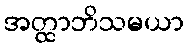
အတ္ထာဘိသမယာ